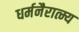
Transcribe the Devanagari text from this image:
धर्मनैरात्म्य